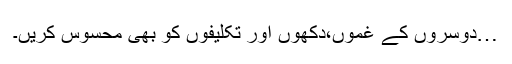
…دوسروں کے غموں،دکھوں اور تکلیفوں کو بھی محسوس کریں۔